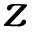
z